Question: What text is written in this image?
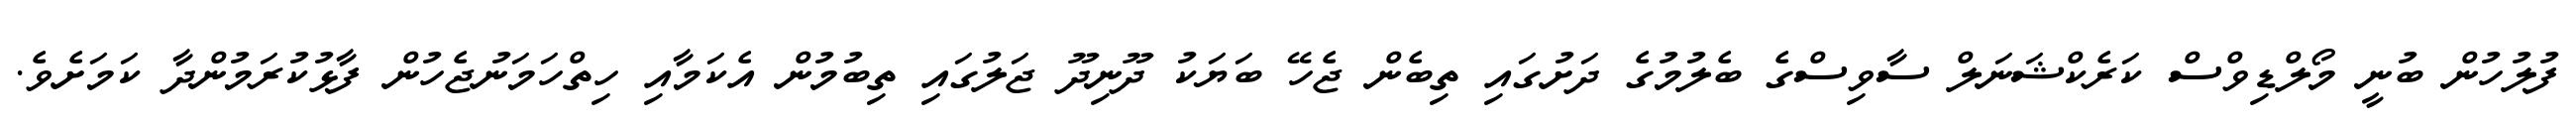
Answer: ފުލުހުން ބުނީ މޯލްޑިވްސް ކަރެކްޝަނަލް ސާވިސްގެ ބެލުމުގެ ދަށުގައި ތިބެން ޖެހޭ ބަޔަކު ދޫނިދޫ ޖަލުގައި ތިބުމުން އެކަމާއި ހިތްހަމަނުޖެހުން ފާޅުކުރަމުންދާ ކަމަށެވެ.